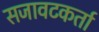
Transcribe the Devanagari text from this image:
सजावटकर्ता